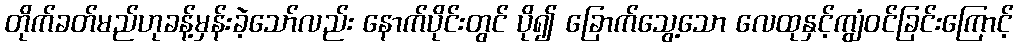
တိုက်ခတ်မည်ဟုခန့်မှန်းခဲ့သော်လည်း နောက်ပိုင်းတွင် ပို၍ ခြောက်သွေ့သော လေထုနှင့်ကျွံဝင်ခြင်းကြောင့်